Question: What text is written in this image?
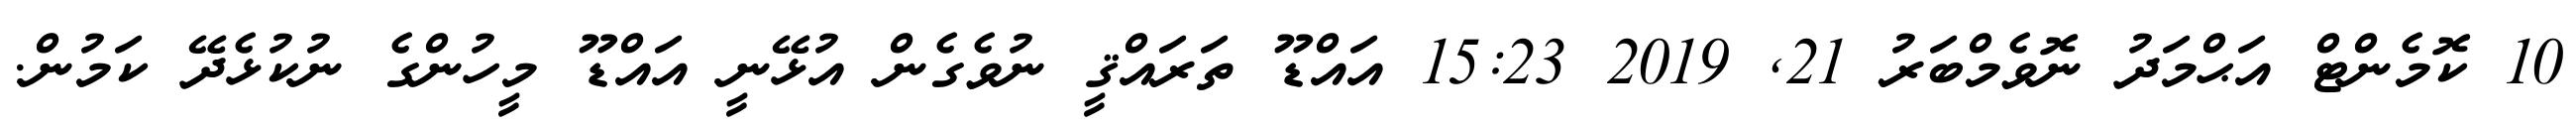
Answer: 10 ކޮމެންޓް އަޙްމަދު ނޮވެމްބަރު 21, 2019 15:23 އައްޑޫ ތަރައްޤީ ނުވެގެން އުޅޭނީ އައްޑޫ މީހުންގެ ނުކުޅެދޭ ކަމުން.